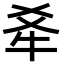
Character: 𪺝